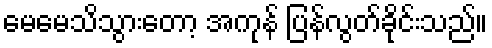
မေမေသိသွားတော့ အကုန် ပြန်လွတ်ခိုင်းသည်။